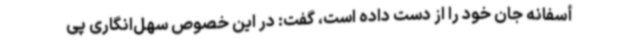
أسفانه جان خود را از دست داده است، گفت: در این خصوص سهل‌انگاری پی